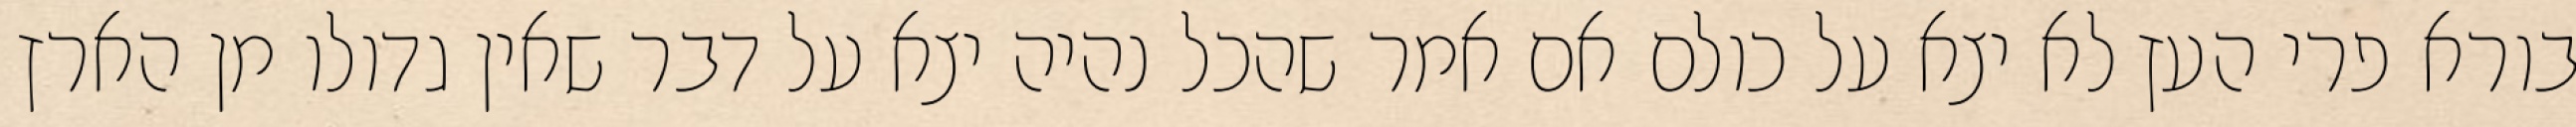
בורא פרי העץ לא יצא על כולם אם אמר שהכל נהיה יצא על דבר שאין גדולו מן הארץ